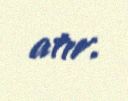
atır.